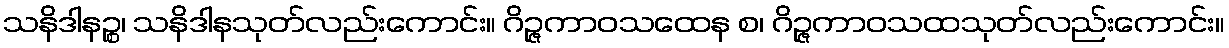
သနိဒါနဉ္စ၊ သနိဒါနသုတ်လည်းကောင်း။ ဂိဉ္ဇကာဝသထေန စ၊ ဂိဉ္ဇကာဝသထသုတ်လည်းကောင်း။